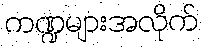
ကဏ္ဍများအလိုက်